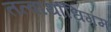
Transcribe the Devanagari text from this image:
तत्वार्थाधिगम